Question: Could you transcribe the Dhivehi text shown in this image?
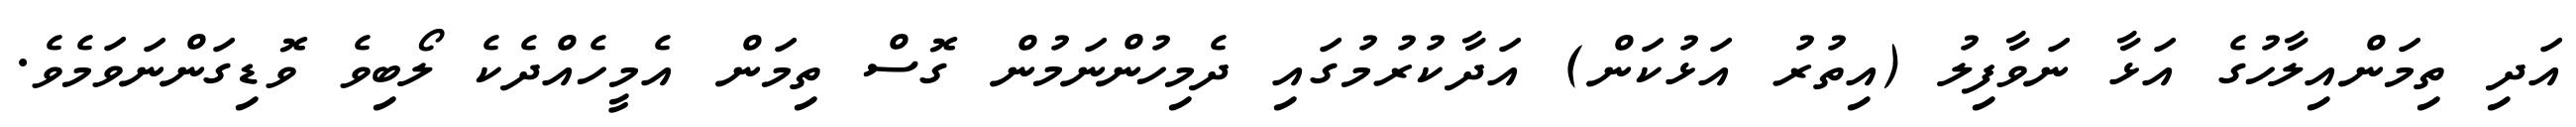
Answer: އަދި ތިމަންއިލާހުގެ އަޅާ ނަވާފިލު (އިތުރު އަޅުކަން) އަދާކުރުމުގައި ދެމިހުންނަމުން ގޮސް ތިމަން އެމީހެއްދެކެ ލޯބިވެ ވޮޑިގަންނަވަމެވެ.